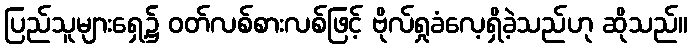
ပြည်သူများရှေ့၌ ဝတ်လစ်စားလစ်ဖြင့် ဗိုလ်ရှုခံလေ့ရှိခဲ့သည်ဟု ဆိုသည်။